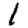
Digit: 1